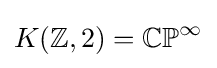
K(\mathbb {Z} ,2)=\mathbb {CP} ^{\infty }